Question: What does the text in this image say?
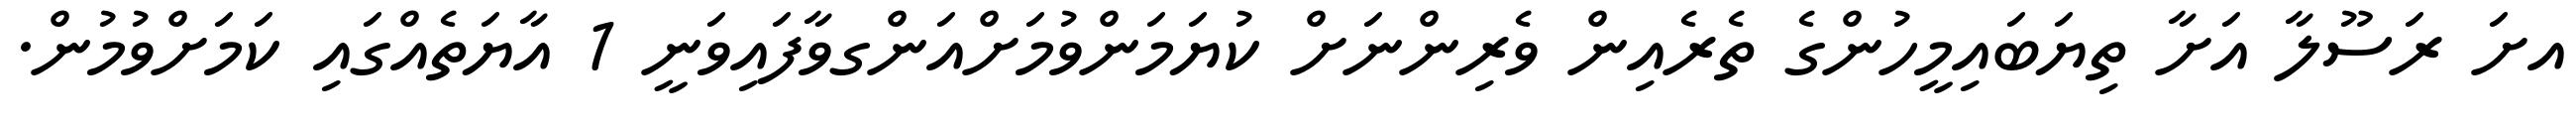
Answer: އށަ ރަސޫލާ އަށާ ތިޔަބައިމީހުންގެ ތެރެއިން ވެރިންނަށް ކުޔަމަންވުމަށްއަންގވާފައިވަނީ 1 އާޔަތެއްގައި ކަމަށްވުމުން.